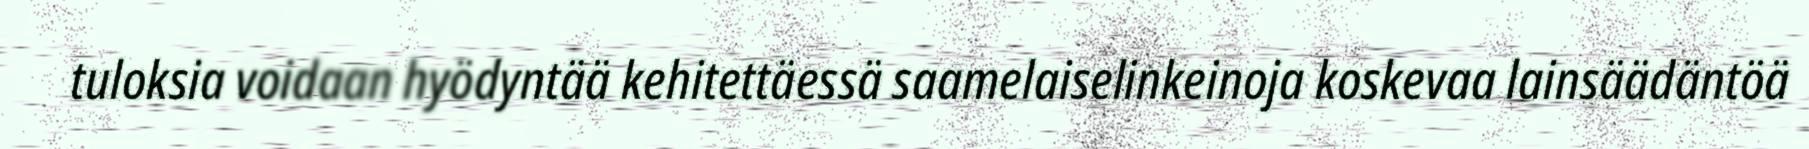
tuloksia voidaan hyödyntää kehitettäessä saamelaiselinkeinoja koskevaa lainsäädäntöä